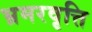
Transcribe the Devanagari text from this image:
भ्रमरवृत्ति